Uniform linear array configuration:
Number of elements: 64
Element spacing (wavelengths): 0.25
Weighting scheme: hamming
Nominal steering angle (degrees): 45
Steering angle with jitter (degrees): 44.784
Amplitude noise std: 0.05
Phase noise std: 0.05

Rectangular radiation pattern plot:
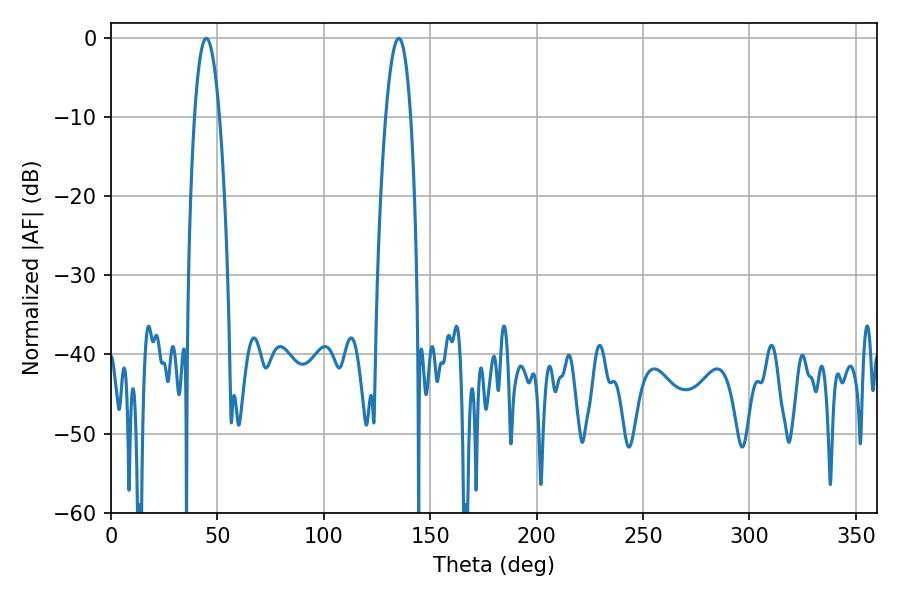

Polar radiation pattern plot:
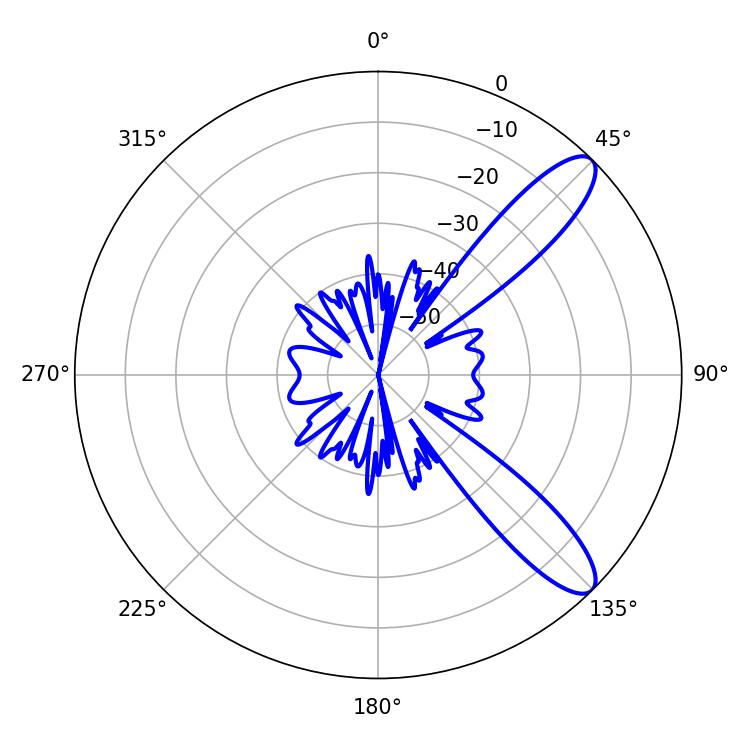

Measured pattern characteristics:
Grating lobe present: FALSE
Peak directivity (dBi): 10.659
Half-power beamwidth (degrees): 6.48
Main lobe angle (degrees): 44.82